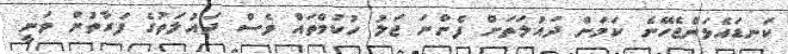
ކަނޑައެޅަންޖެހޭނެ ކަމަށް ދައުލަތަށް ފެންނަ ޖަލު ހުކުމްތައް ވެސް ދައުލަތުގެ ފަރާތުން ވަނީ